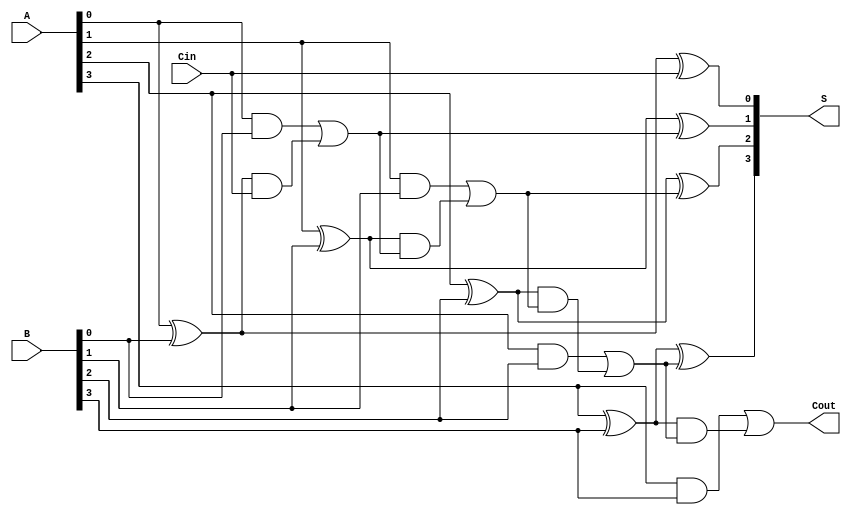
module SklanskyAdder #(parameter n = 4) (
    input  [n-1:0] A,      // First input binary number
    input  [n-1:0] B,      // Second input binary number
    input  Cin,            // Input carry
    output [n-1:0] S,      // Sum output
    output Cout            // Final carry out
);

    wire [n-1:0] G;        // Generate signals
    wire [n-1:0] P;        // Propagate signals
    wire [n:0] C;          // Carry signals

    // Generate and propagate signal calculations
    generate
        genvar i;
        for (i = 0; i < n; i = i + 1) begin : GenProp
            assign G[i] = A[i] & B[i];    // Generate
            assign P[i] = A[i] ^ B[i];    // Propagate
        end
    endgenerate

    // Carry signal calculations
    assign C[0] = Cin;  // Initial carry in

    generate
        for (i = 0; i < n; i = i + 1) begin : CarryGen
            if (i == 0) begin
                assign C[i + 1] = G[i] | (P[i] & C[i]);
            end else begin
                assign C[i + 1] = G[i] | (P[i] & C[i]);
            end
        end
    endgenerate

    // Sum calculation
    generate
        for (i = 0; i < n; i = i + 1) begin : SumCalc
            assign S[i] = P[i] ^ C[i];  // Sum
        end
    endgenerate

    // Final carry out
    assign Cout = C[n];

endmodule